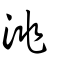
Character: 洮